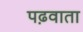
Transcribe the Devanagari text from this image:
पढ़वाता